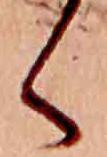
く